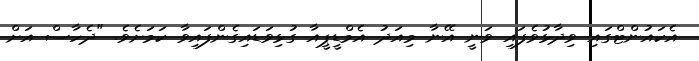
އެކައުންޓްގައި ވިދާޅުވެފައި ވަނީ އޭނާ މިއަދު އެމްޑީޕީއާ ގުޅިވަޑައިގެންފައިވާ ކަމަށެވެ. "ދެހާސް އަށް